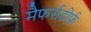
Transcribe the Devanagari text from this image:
मैफर्सडोर्फ़